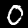
Label: 0